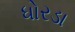
ધોરડા